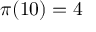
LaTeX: \pi ( 1 0 ) = 4